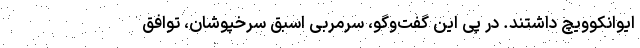
ایوانکوویچ داشتند. در پی این گفت‌وگو، سرمربی اسبق سرخپوشان، توافق